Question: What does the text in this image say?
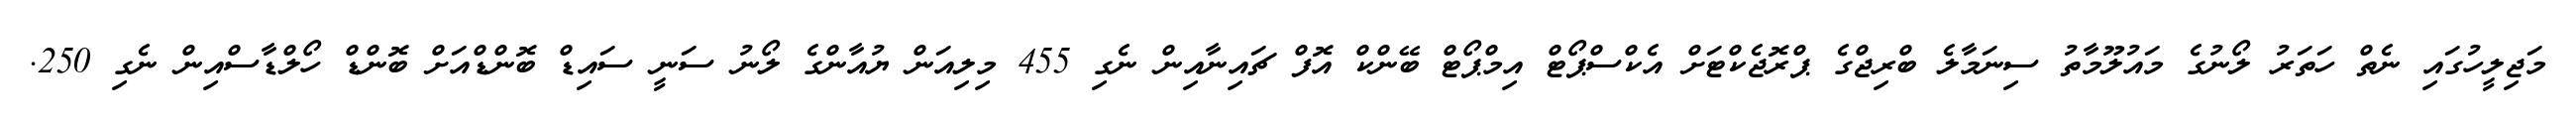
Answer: މަޖިލީހުގައި ނެތް ހަތަރު ލޯނުގެ މައުލޫމާތު ސިނަމާލެ ބްރިޖްގެ ޕްރޮޖެކްޓަށް އެކްސްޕޯޓް އިމްޕޯޓް ބޭންކް އޮފް ޗައިނާއިން ނެގި 455 މިލިއަން ޔުއާންގެ ލޯނު ސަނީ ސައިޑް ބޮންޑްއަށް ބޮންޑް ހޯލްޑާސްއިން ނެގި 250.